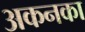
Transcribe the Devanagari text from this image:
अकनका